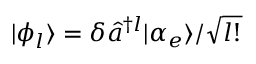
| \phi _ { l } \rangle = \delta \hat { a } ^ { \dagger l } | \alpha _ { e } \rangle / \sqrt { l ! }